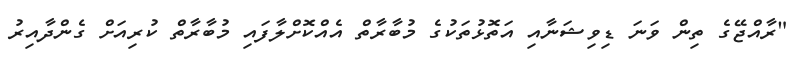
"ރާއްޖޭގެ ތިން ވަނަ ޑިވިޝަނާއި އަތޮޅުތަކުގެ މުބާރާތް އެއްކޮށްލާފައި މުބާރާތް ކުރިއަށް ގެންދާއިރު